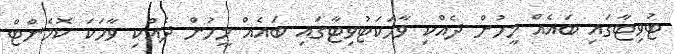
ޓުވިޓާގައި ބައެއް މީހުން ދެއްކި ވާހަކަޓުވިޓާގައި ބައެއް މީހުން ދެއްކި ވާހަކަ ކޮމެންޓް